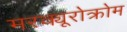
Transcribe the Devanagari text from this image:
मरक्यूरोक्रोम